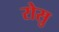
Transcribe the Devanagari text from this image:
रोसु